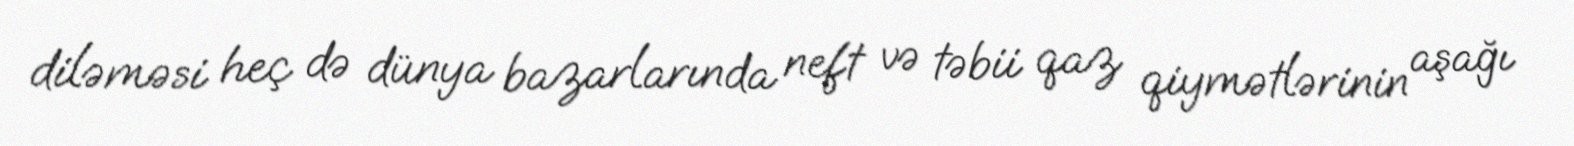
diləməsi heç də dünya bazarlarında neft və təbii qaz qiymətlərinin aşağı